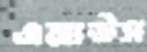
এমাউস